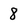
Character: 8